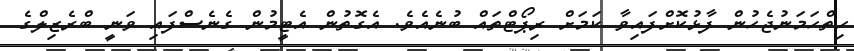
ހިތްހަމަނުޖެހުން ފާޅުކޮށްފައިވާ ކަމަށް ރިޕޯޓްތައް ބުނެއެވެ. އެގޮތުން އެޓީމުން ގެނެސްފައި ވަނީ ބްރެޒިލްގެ